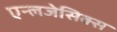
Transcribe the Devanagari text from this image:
एन्लजेसिक्स